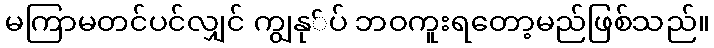
မကြာမတင်ပင်လျှင် ကျွနု်ပ် ဘဝကူးရတော့မည်ဖြစ်သည်။